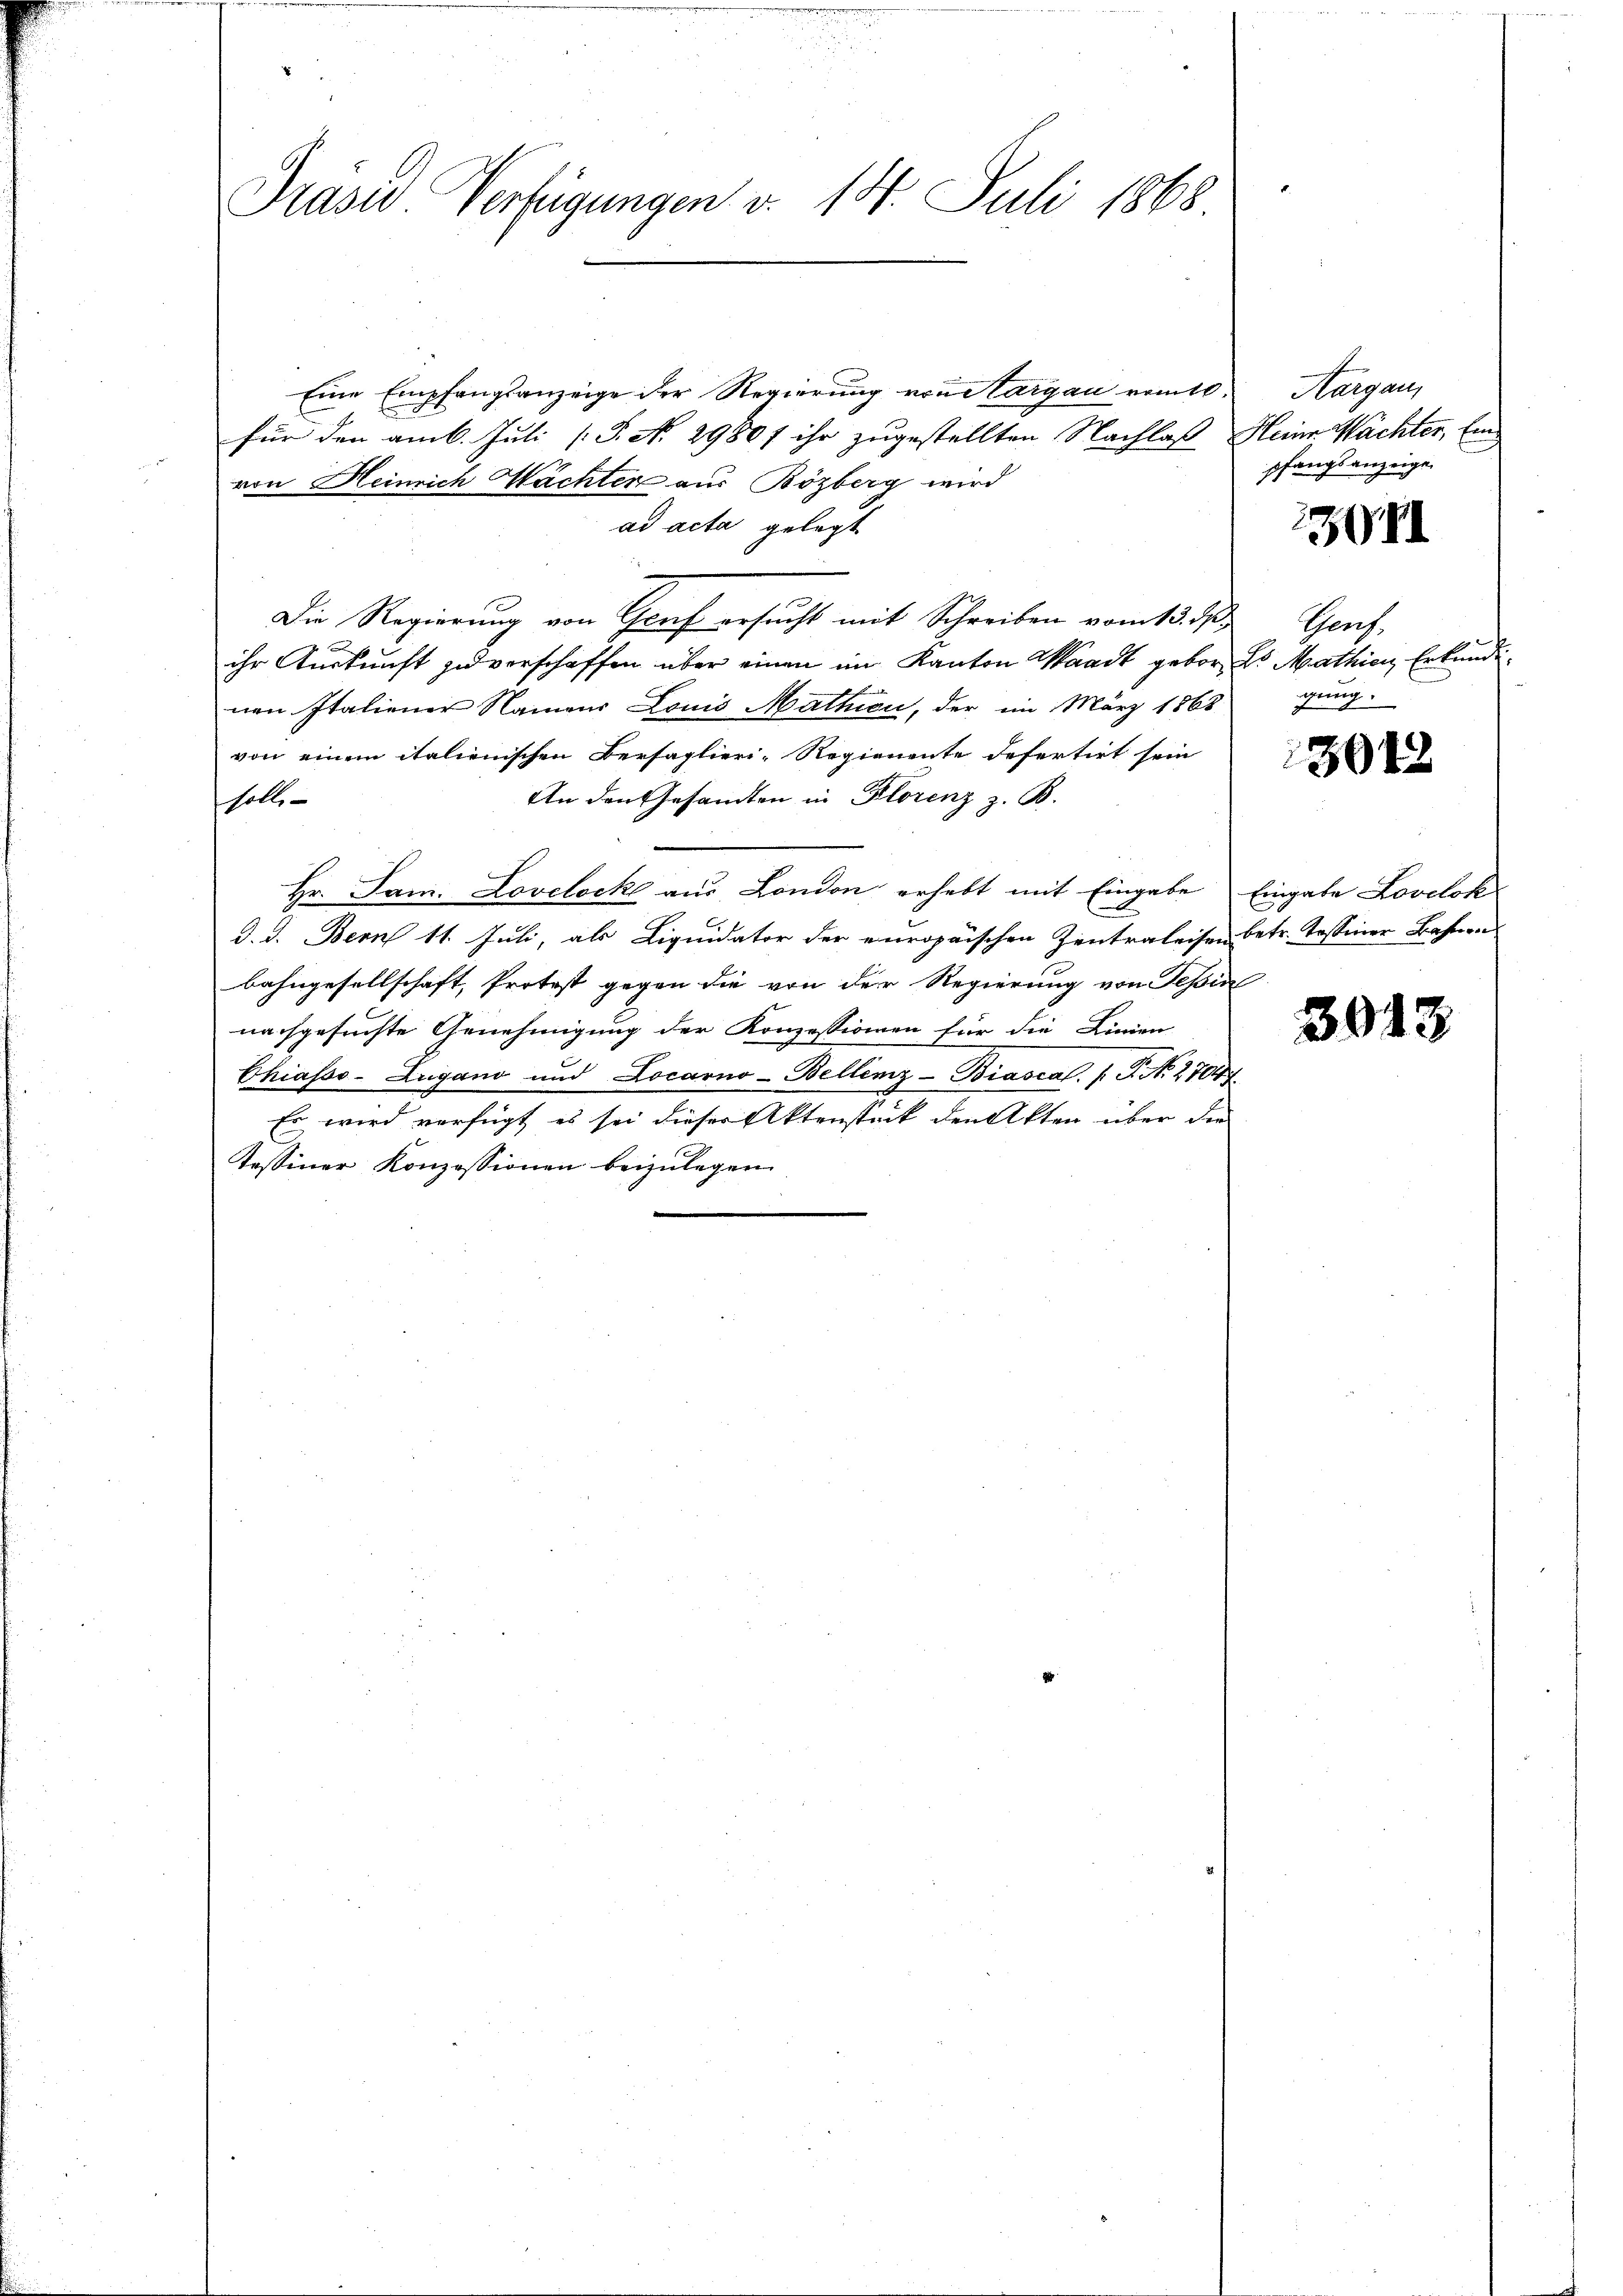
Präses Verfügungen v. 14. Juli 1868

Eine Empfangsanzeige der Regierung von Margau vom 10.
für den am 6. Juli (T. No. 2980f ihr zugestellten Nachlaß Heine Wächter, Eind
von Heinrich Wächter aus Bözberg wird
ad acta gelegt
Die Regierung von Graf ersucht mit Schreiben vom 13. d. Genf
ihr Auskunft zu verschaffen über einen im Kanton Waadt geborn d. Mathien Erkundinen Italiener Namens Louis Mathin, der im März 1868
von einem italienischen Bersaglieri-Regienente defertirt sein
An den Gesandten in Florenz z. B.
sholte
Hr. Jan. Lovelocke aus London erhebt mit Eingabe Eingabe Lovelok
d. d. Bern 11. Juli, als Liquidator der europaischen Zentraleisen betr. Tessiner Bahnen
bahngesellschaft, Protest gegen die von der Regierung von Teßin
nachgesuchte Genehmigung der Konzessionen für die Linien-
Chiasso- Zugano und Locarno-Bellinz-Biascal. (T. No. 2700f
Es wird verfügt es sei dieser Aktenstück den Akten über der
Tessiner Konzessionen beizulegen

Aargau,
pfangsanzeigen

II

gung.

3048

3013